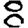
Digit: 8